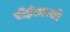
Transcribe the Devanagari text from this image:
पीईआरसी